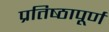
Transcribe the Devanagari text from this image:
प्रतिष्‍ठापूर्ण